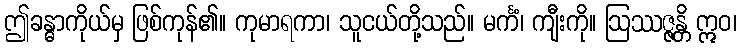
ဤခန္ဓာကိုယ်မှ ဖြစ်ကုန်၏။ ကုမာရကာ၊ သူငယ်တို့သည်။ မင်္ကံ၊ ကျီးကို။ ဩဿဇ္ဇန္တိ ဣဝ၊